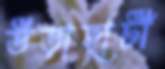
উড়াহাটী